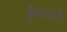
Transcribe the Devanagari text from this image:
हैकरने